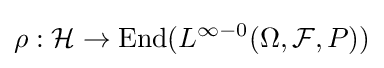
\rho :{\mathcal {H}}\to \operatorname {End} (L^{\infty -0}(\Omega ,{\mathcal {F}},P))